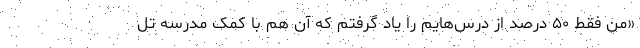
«من فقط ۵۰ درصد از درس‌هایم را یاد گرفتم که آن هم با کمک مدرسه تل